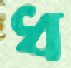
ধ